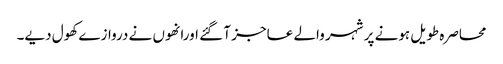
محاصرہ طویل ہونے پر شہر والے عاجز آ گئے اورانھوں نے دروازے کھول دیے۔